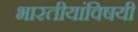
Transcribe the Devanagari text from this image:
भारतीयांविषयी